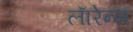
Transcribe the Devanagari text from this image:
लाॅरेन्स